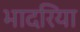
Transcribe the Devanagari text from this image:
भादरिया